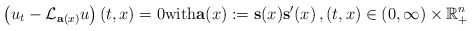
\begin{align*}\left( u_t-\mathcal{L}_{\mathbf{a}(x)}u\right) (t,x)=0\mathrm{with} \mathbf{a}(x):=\mathbf{s}(x)\mathbf{s}'(x)\,, (t,x)\in (0, \infty)\times\mathbb{R}_{+}^n\end{align*}